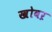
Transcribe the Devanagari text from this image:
खोवऱ